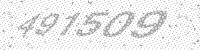
Solution: 491509